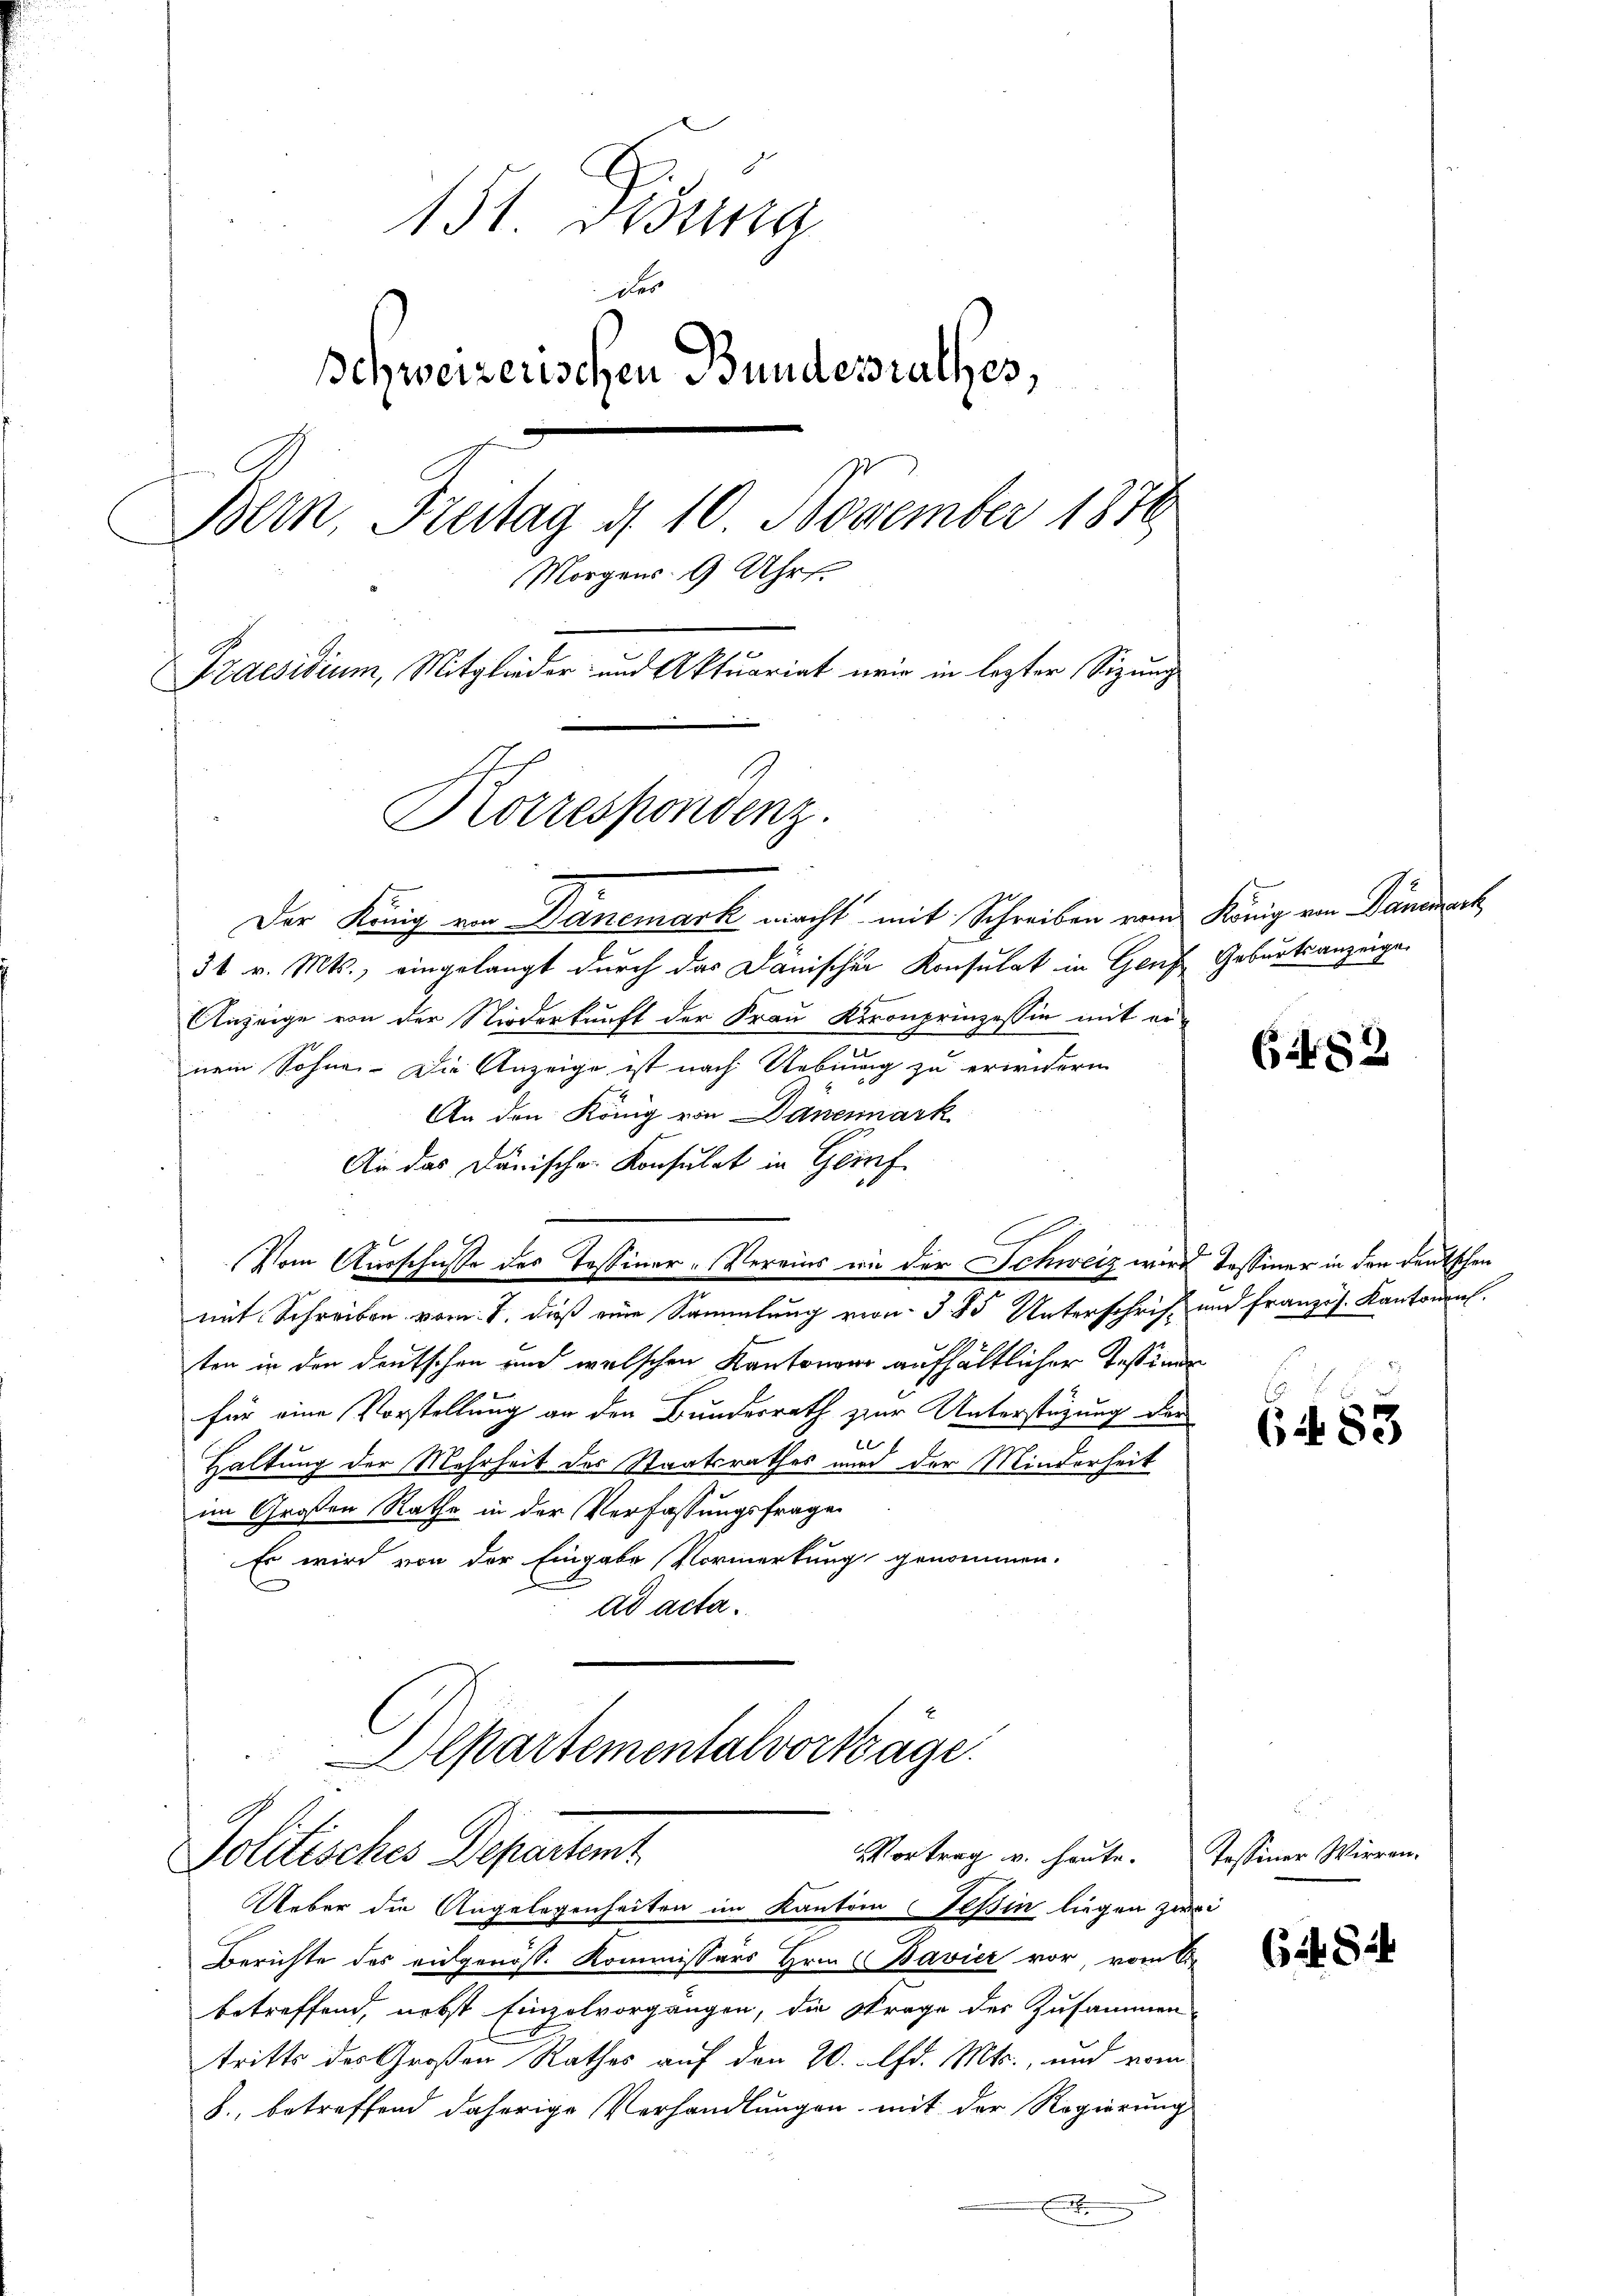
151 Disung
des
Schweizerischen Bundesrathes,
Bern, Freitag d. 10. November 1876
Morgens 9 Uhr.
Praesidium, Mitglieder- und Aktuariat wir in lezter Sitzung
Korrespondenz.

Der König ein Danemark macht mit Schreiben vom König von Dämmerh
31 v. Mts., eingelangt durch das Dänischen Konsulat in Genf Geburtsanzeige
Anzeige von der Niederkunft der Frau Kronprinzessin mit ernem Sohne. Die Anzeige ist nach Uebung zu erwidern
An den König von Dänenmark
e
An das Dänischen Konsulat in Genf
C
Vom Ausschusse des Tessiner-Vereins wie der Schweiz wird Tessiner in den deutschen
mit Schreiben vom 1. dieß eine Sammlung von 3 Do Unterschrift und französ. Kantonen.
ten in den deutschen und welschen Kantoner aufhältlicher Tessiner
für eine Vorstellung an den Bundesrath zur Unterstüzung der
f
Haltung der Mehrheit des Staatsrathes nun der Minderheit
im Großen Rathe in der Verfassungsfrage
Es wird von der Eingabe Vormerkung genommen.
ad acta.
Departementalvorträge.

Vortrag v. heute. Tessiner Wirren-
Foldisches Departent
Ueber die Angelegenheiten im Kanton Tessin liegen zwei

Berichte des eidgenöss. Kommissärs Hrn. Bavier vor, vom 6.
betreffend, nebst Einzelvorgängen, die Strage des Zusammen-
tritte des Großen Rathes auf den 20. d. Mts., und vom
8., betreffend daherige Verhandlungen mit der Regierung
E

6482

6483

Cit. 844